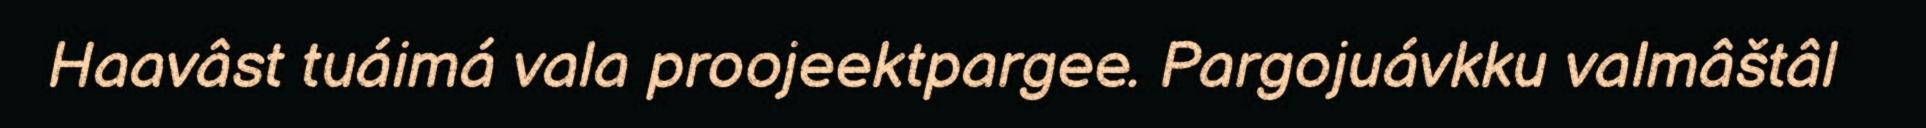
Haavâst tuáimá vala proojeektpargee. Pargojuávkku valmâštâl